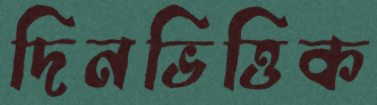
দিনভিত্তিক